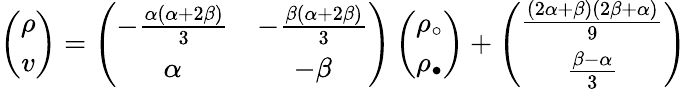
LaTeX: \left(\begin{array}{c}{\rho}\\ {v}\end{array}\right)=\left(\begin{array}{cc}{-\frac{\alpha(\alpha+2\beta)}{3}}&{-\frac{\beta(\alpha+2\beta)}{3}}\\ {\alpha}&{-\beta}\end{array}\right)\left(\begin{array}{c}{\rho_{\circ}}\\ {\rho_{\bullet}}\end{array}\right)+\left(\begin{array}{c}{\frac{(2\alpha+\beta)(2\beta+\alpha)}{9}}\\ {\frac{\beta-\alpha}{3}}\end{array}\right)